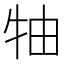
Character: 牰